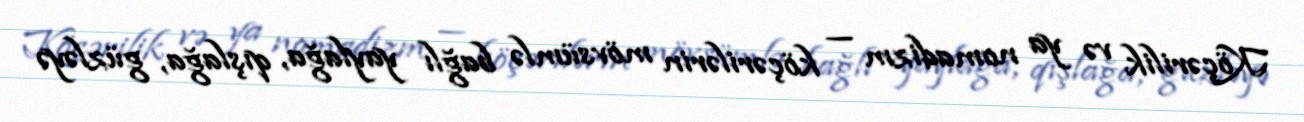
Köçərilik və ya nomadizm — köçərilərin mövsümlə bağlı yaylağa, qışlağa, güzləyə